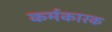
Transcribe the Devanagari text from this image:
कर्मकारक